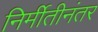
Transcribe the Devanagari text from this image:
निर्मीतीनंतर